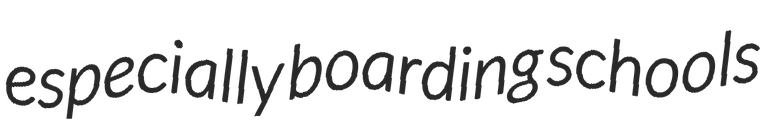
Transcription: especially boarding schools